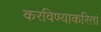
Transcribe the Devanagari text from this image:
करविण्याकरितां